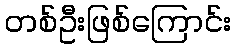
တစ်ဦးဖြစ်ကြောင်း